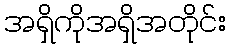
အရှိကိုအရှိအတိုင်း